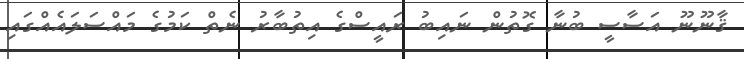
ޤާނޫނޫ އަސާސީ ބުނާ ގޮތުން ނައިބު ރައީސްގެ އިތުބާރު ނެތް ކަމުގެ މައްސަލައެއްގައި